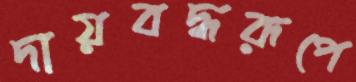
দায়বদ্ধরূপে